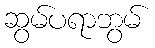
ဆွမ်ပရာဘွမ်